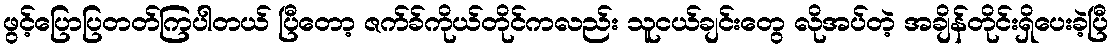
ဖွင့်ပြောပြတတ်ကြပါတယ် ပြီတော့ ဇက်ခ်ကိုယ်တိုင်ကလည်း သူငယ်ချင်းတွေ လိုအပ်တဲ့ အချိန်တိုင်းရှိပေးခဲ့ပြီ